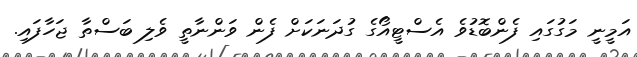
އަމީނީ މަގުގައި ފެންބޮޑުވެ އެސްޓީއޯގެ ގުދަނަކަށް ފެން ވަންނާތީ ވެލި ބަސްތާ ޖަހާފައި.